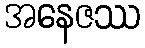
အနေဇဿ